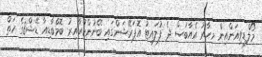
މޯލްޑިވިއަންއިން މިހާރު އެއާބަސް ދެ ފުލައިޓު އޮޕަރޭޝަންގައި ބޭނުންކުރާއިރު ބޮމްބާޑިއާ ޑޭޝް8ގެ ހަތް